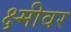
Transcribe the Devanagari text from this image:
क्ष्मीवर